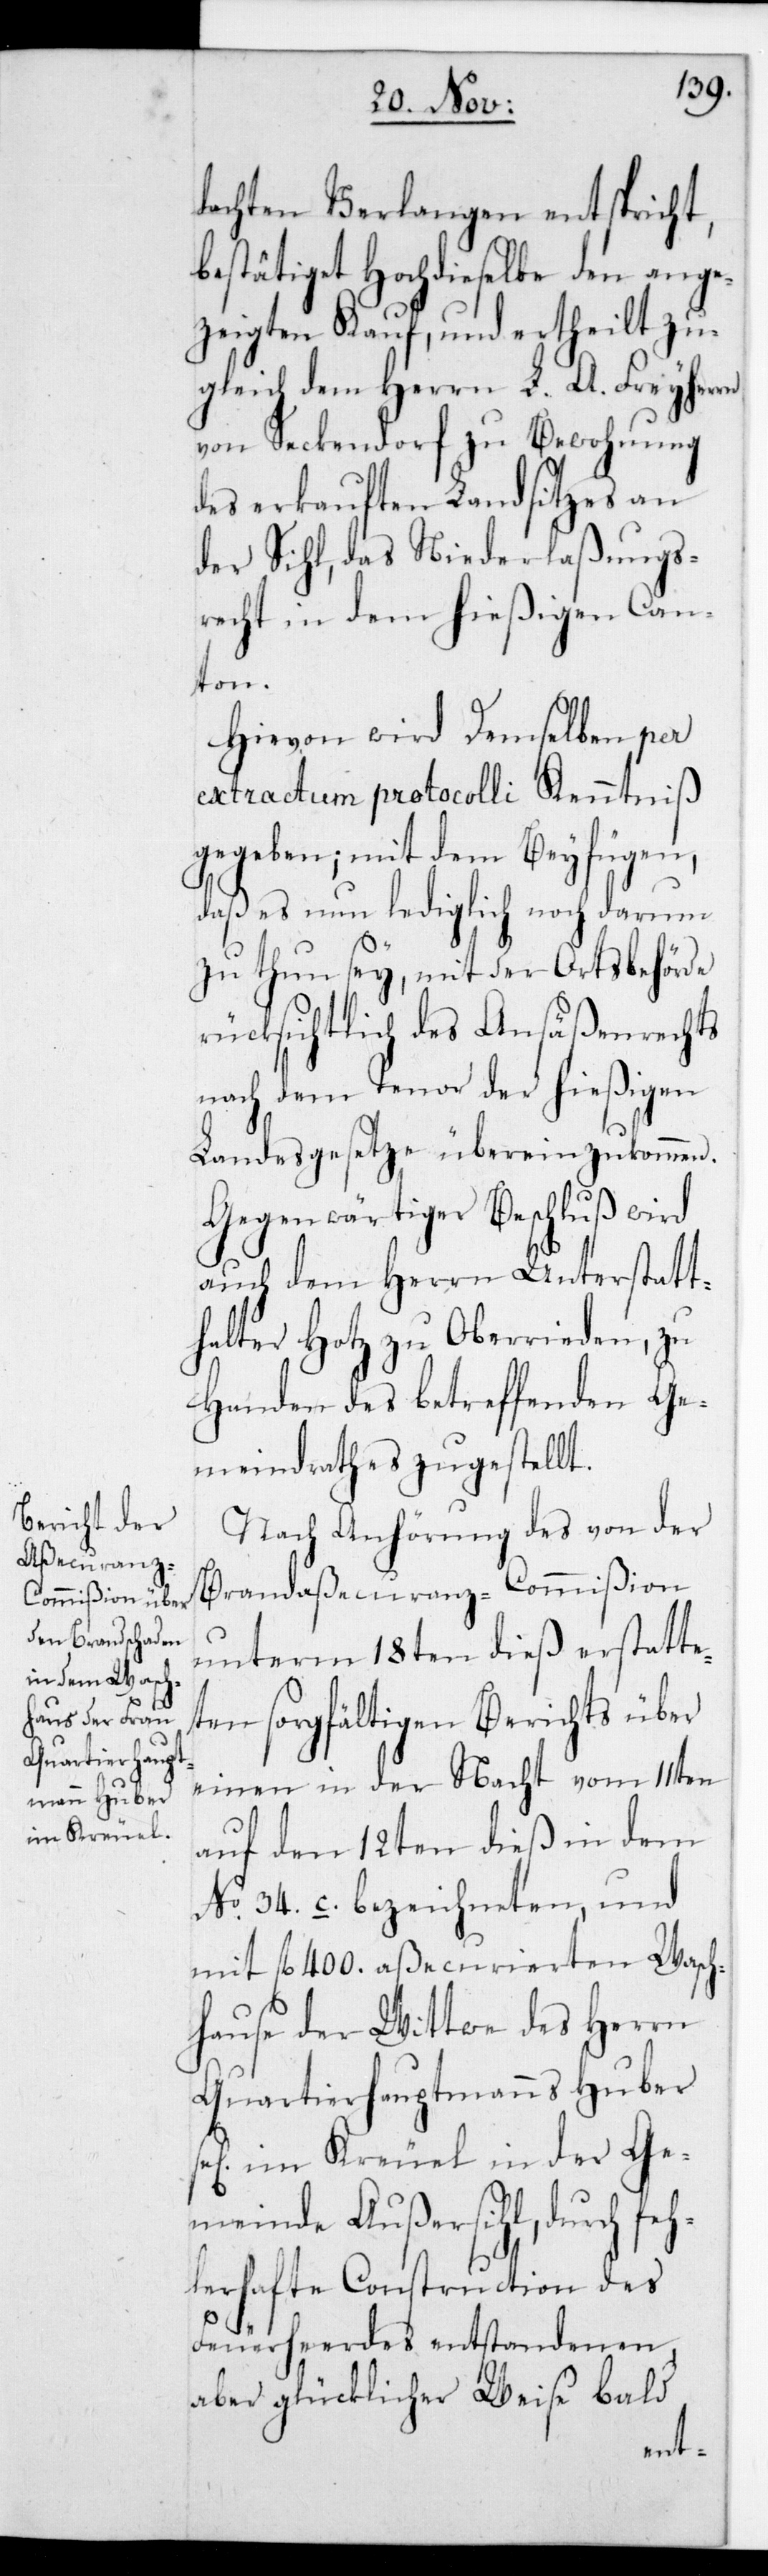
dachten Verlangen entspricht,
bestätiget Hochdieselbe den ange¬
zeigten Kauf, und ertheilt zu¬
gleich dem Herrn L. A. Freyherrn
von Seckendorf zu Bewohnung
des erkauften Landsitzes an
der Sihl, das Niederlaßungs¬
recht in dem hießigen Can¬
ton.
Hievon wir Demselben per
Extractum Protocolli Kenntniß
gegeben; mit dem Beyfügen,
daß es nun lediglich noch darum
zu thun sey, mit der Ortsbehörde
rücksichtlich des Ansäßenrechts
nach dem Tenor der hießigen
Landesgesetze übereinzukommen.
Gegenwärtiger Beschluß wird
auch dem Herrn Unterstatt¬
halter Hotz zu Oberrieden, zu
Handen des betreffenden Ge¬
meindrathes zugestellt.
Nach Anhörung des von der
Brandaßecuranz-Commißion
unterm 18ten dieß erstatte¬
ten sorgfältigen Berichts über
einen in der Nacht vom 11ten
auf den 12ten dieß in dem
No 34. c. bezeichneten, und
mit fl. 400. aßecurierten Wasch¬
hause der Wittwe des Herrn
Quartierhauptmanns Huber
sel. im Kreuel in der Ge¬
meinde Außersihl, durch feh¬
lerhafte Construction des
Feuerherdes entstandenen,
aber glücklicher Weise bald